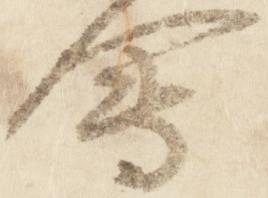
会